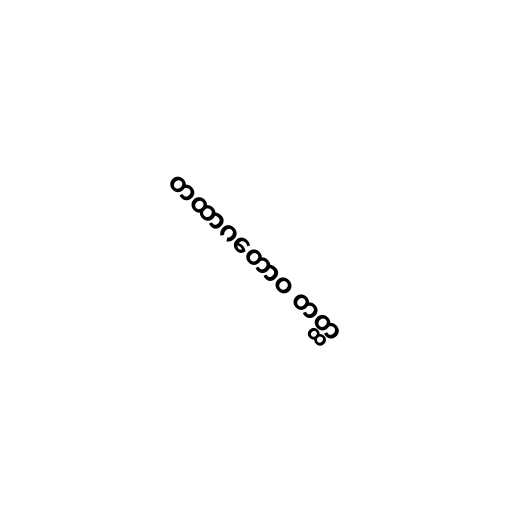
တထာဂတောဝ တတ္ထ